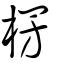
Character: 楞